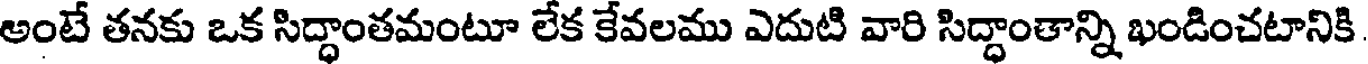
అంటే తనకు ఒక సిద్ధాంతమంటూ లేక కేవలము ఎదుటి వారి సిద్ధాంతాన్ని ఖండించటానికి